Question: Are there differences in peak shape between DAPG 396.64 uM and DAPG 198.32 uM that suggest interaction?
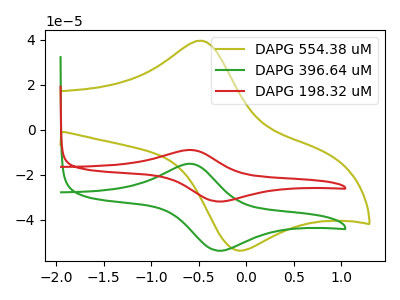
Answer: <think>The olive curve "DAPG 554.38 uM" has an anodic peak at (-0.50V, 39.55uA) and a cathodic peak at (-0.10V, -53.45uA). The green curve "DAPG 396.64 uM" has an anodic peak at (-0.60V, -15.05uA) and a cathodic peak at (-0.30V, -53.65uA). The red curve "DAPG 198.32 uM" has an anodic peak at (-0.60V, -8.95uA) and a cathodic peak at (-0.30V, -31.85uA).
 All the peaks in "DAPG 396.64 uM" have a peak in "DAPG 198.32 uM" at the same potential.</think>
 <answer>No, "DAPG 396.64 uM" and "DAPG 198.32 uM" don't appear to be significantly different in shape</answer>
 <eval>no_change</eval>